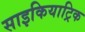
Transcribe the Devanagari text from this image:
साइकियाट्रिक